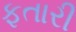
ફતારી